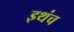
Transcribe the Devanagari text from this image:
इथंच